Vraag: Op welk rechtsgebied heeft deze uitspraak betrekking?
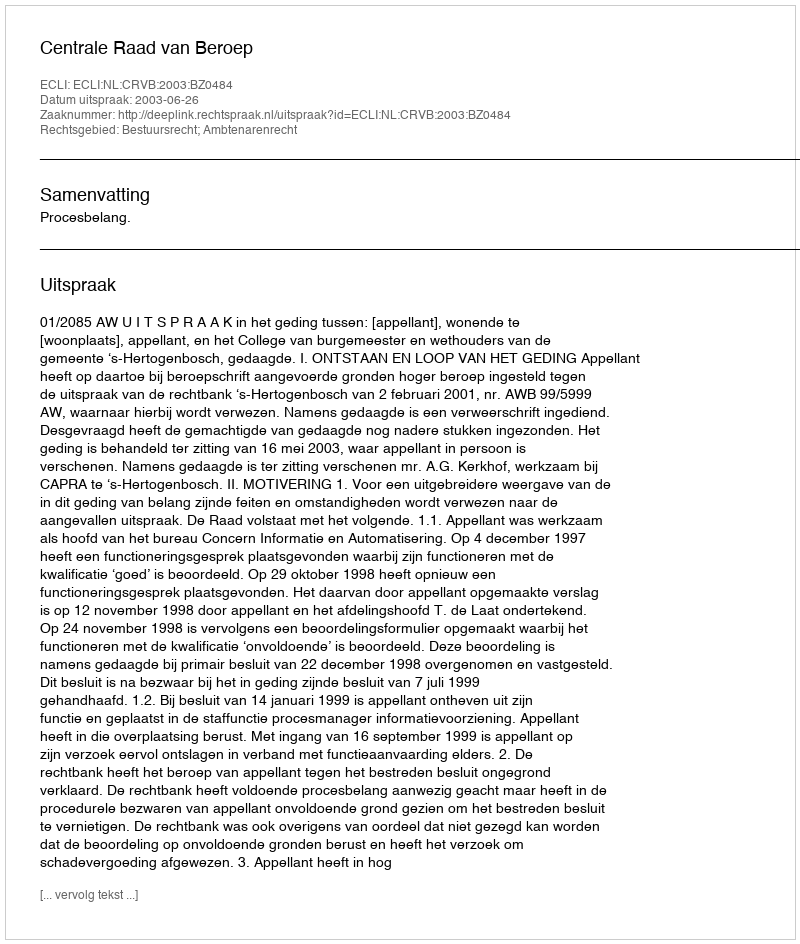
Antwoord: Bestuursrecht; Ambtenarenrecht